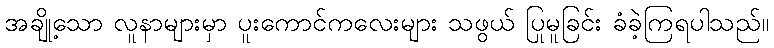
အချို့သော လူနာများမှာ ပူးကောင်ကလေးများ သဖွယ် ပြုမူခြင်း ခံခဲ့ကြရပါသည်။